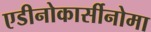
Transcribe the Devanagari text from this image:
एडीनोकार्सीनोमा